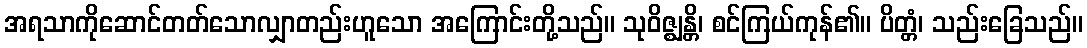
အရသာကိုဆောင်တတ်သောလျှာတည်းဟူသော အကြောင်းတို့သည်။ သုဝိဇ္ဈန္တိ၊ စင်ကြယ်ကုန်၏။ ပိတ္တံ၊ သည်းခြေသည်။